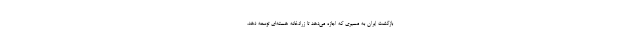
بازگشت ایران به مسیری که اجازه می‌دهد تا زرادخانه هسته‌ای توسعه دهد،